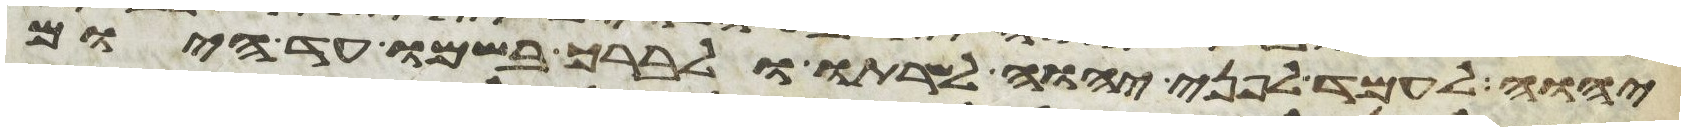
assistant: יהוה לעמד לפני יהוה לשרתו ולברך בשמו עד היום